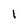
Character: L